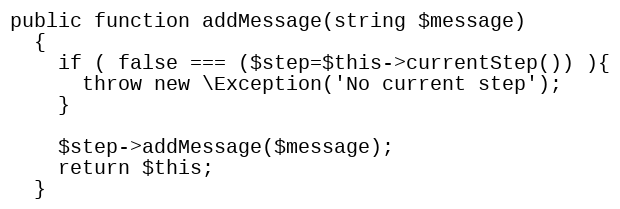
Language: PHP
public function addMessage(string $message)
  {
    if ( false === ($step=$this->currentStep()) ){
      throw new \Exception('No current step');
    }

    $step->addMessage($message);
    return $this;
  }